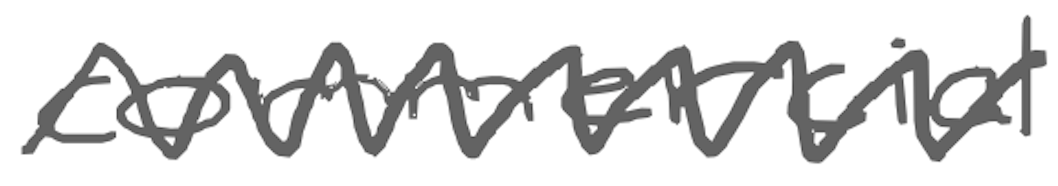
Text: commercial
Cross-out: zig-zag
Writing tool: digital_gray